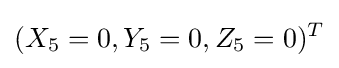
(X_{5}=0,Y_{5}=0,Z_{5}=0)^{T}